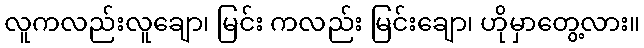
လူကလည်းလူချော၊ မြင်း ကလည်း မြင်းချော၊ ဟိုမှာတွေ့လား။